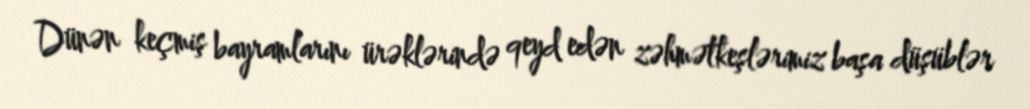
Dünən keçmiş bayramlarını ürəklərində qeyd edən zəhmətkeşlərimiz başa düşüblər